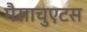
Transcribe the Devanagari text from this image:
मैसाचुएटस